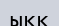
ыққ